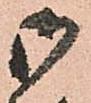
御